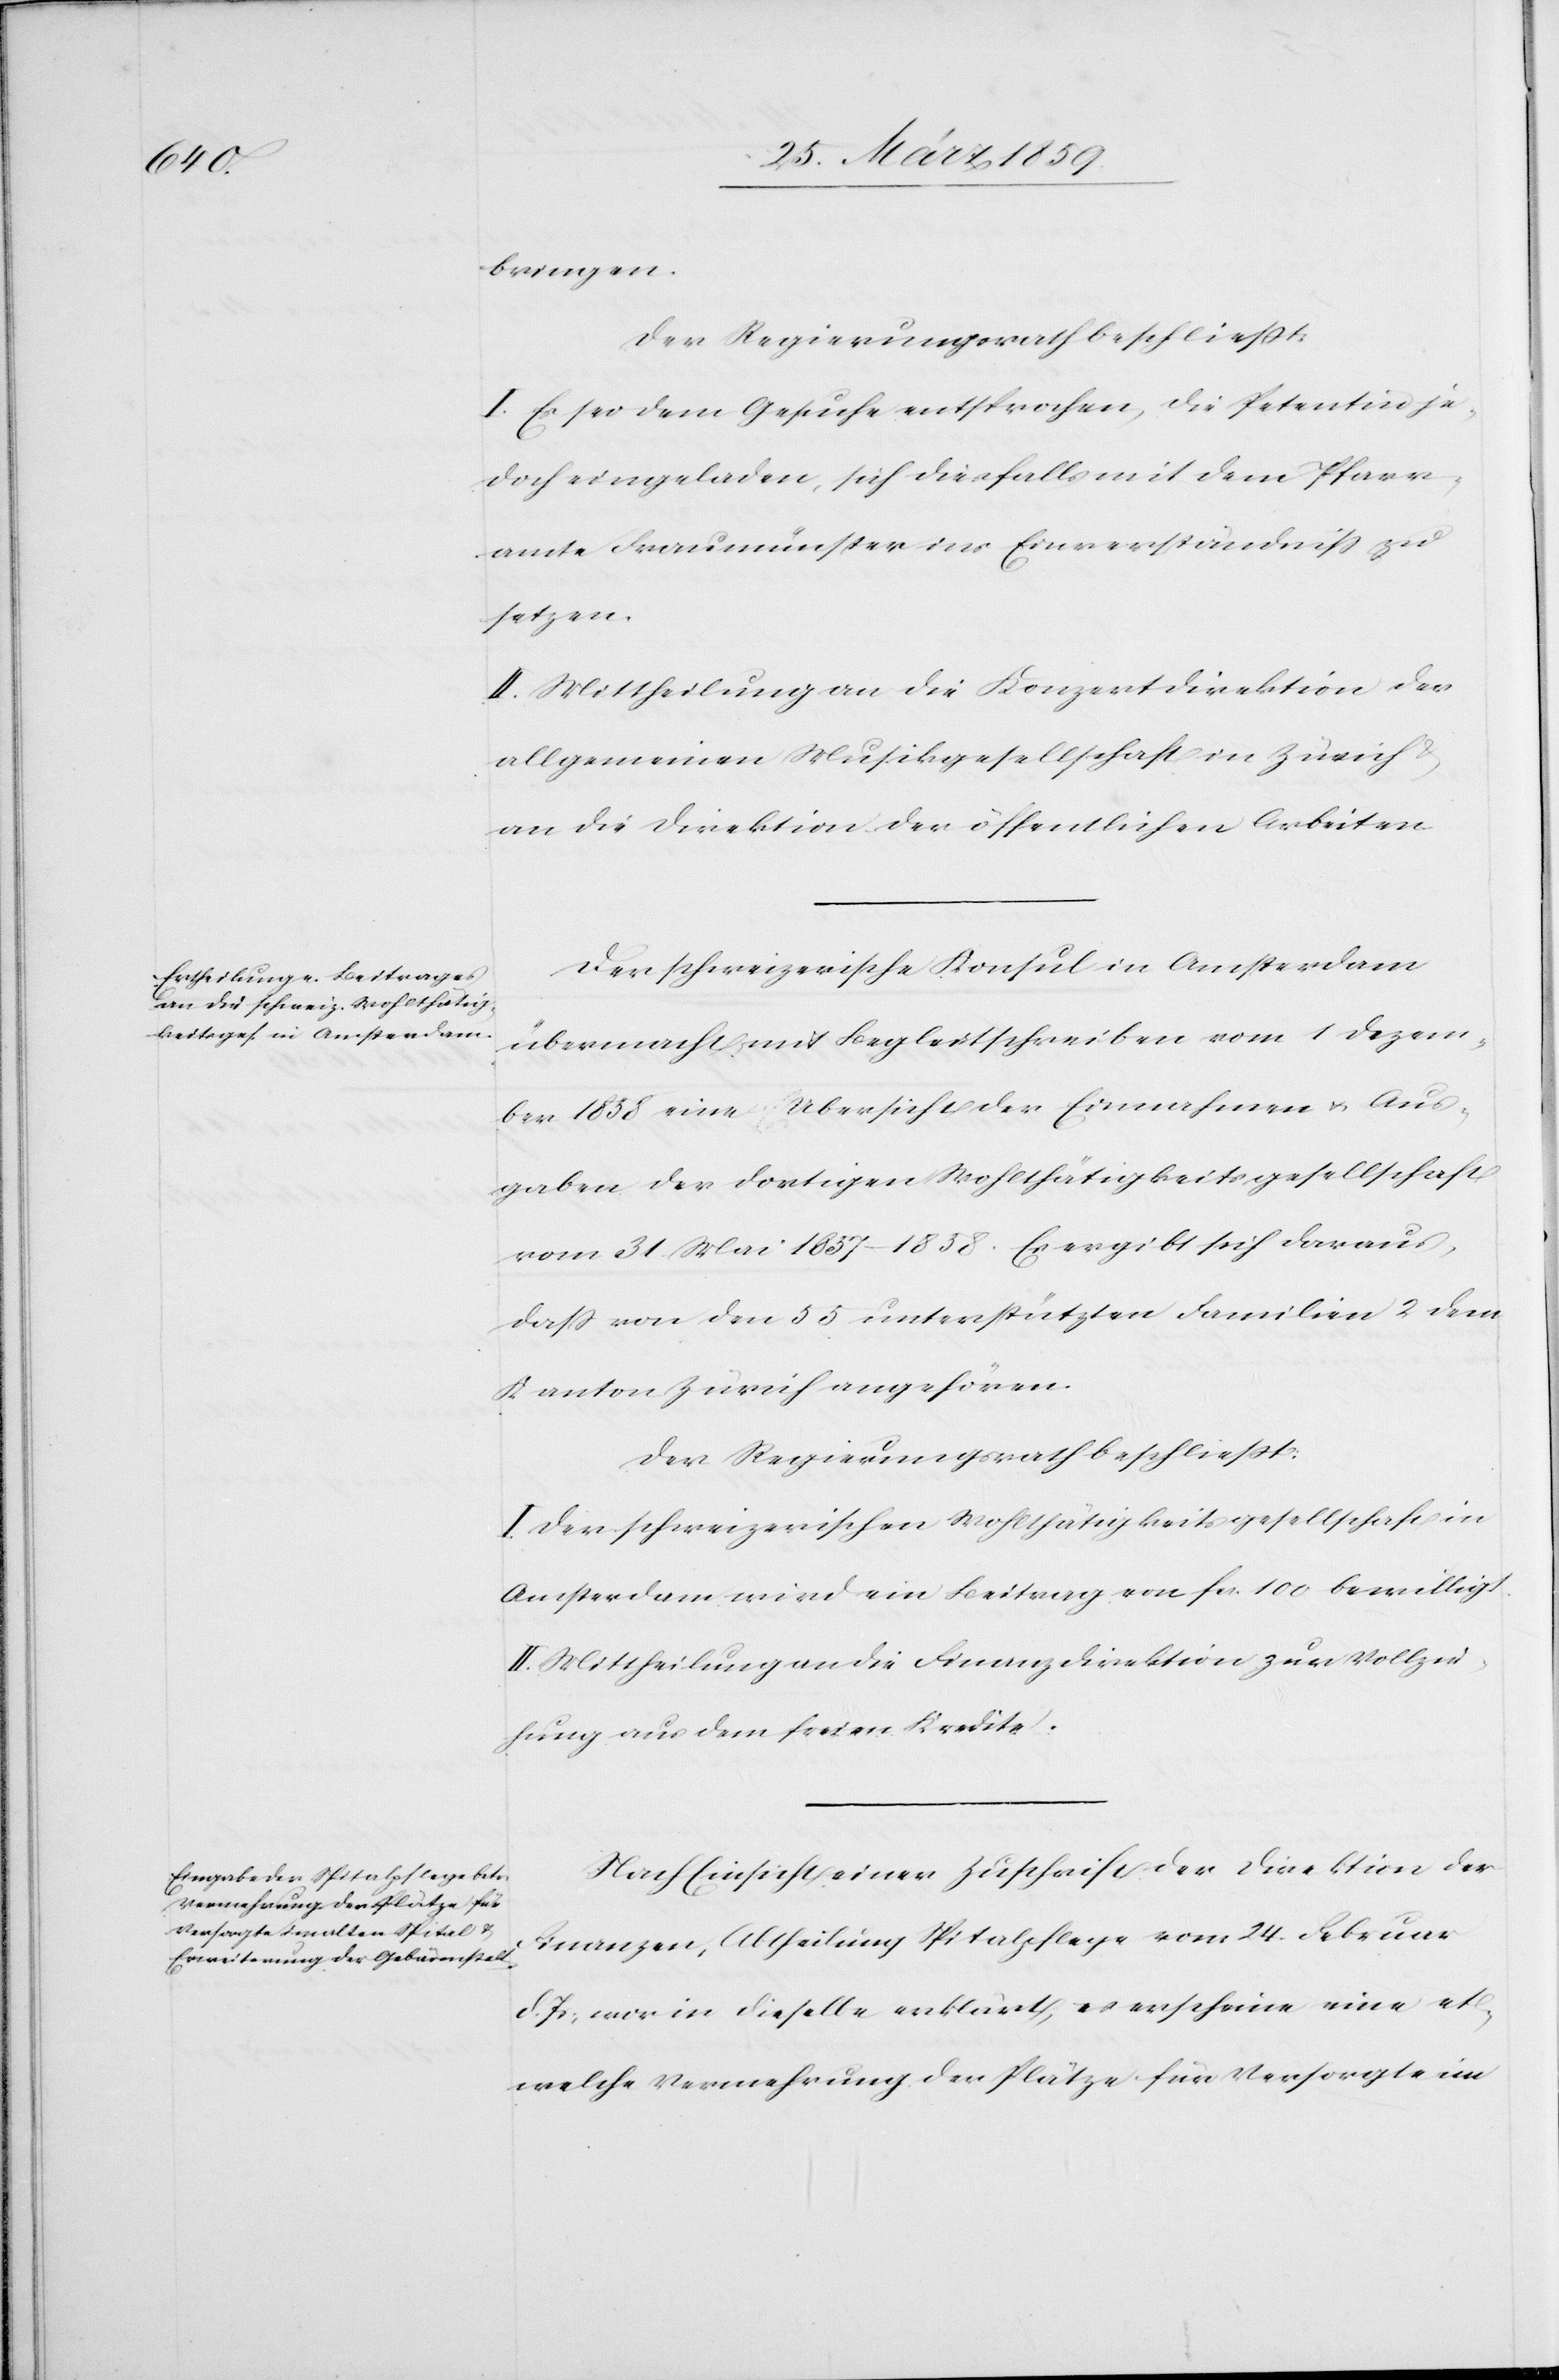
bringen.
Der Regierungsrath beschließt:
I. Es sei dem Gesuche entsprochen, die Petentin je¬
doch eingeladen, sich diesfalls mit dem Pfarr¬
amte Fraumünster ins Einverständniß zu
setzen.
II. Mittheilung an die Konzertdirektion der
allgemeinen Musikgesellschaft in Zürich
an die Direktion der öffentlichen Arbeiten.
Der schweizerische Konsul in Amsterdam
übermacht mit Begleitschreiben vom 1 Dezem¬
ber 1858 eine Ubersicht [sic!] der Einnahmen u. Aus¬
gaben der dortigen Wohlthätigkeitsgesellschaft
vom 31. Mai 1857–1858. Es ergibt sich daraus,
daß von den 55 unterstützten Familien 2 dem
Kanton Zürich angehören.
Der Regierungsrath beschließt:
I. Der schweizerischen Wohlthätigkeitsgesellschaft in
Amsterdam wird ein Beitrag von fcs. 100 bewilligt.
II. Mittheilung an die Finanzdirektion zur Vollzie¬
hung aus dem freien Kredite.
Nach Einsicht einer Zuschrift der Direktion der
Finanzen, Abtheilung Spitalpflege vom 24. Februar
d. Js., war in dieselbe erklärt, es erscheine eine et¬
welche Vermehrung der Plätze für Versorgte im